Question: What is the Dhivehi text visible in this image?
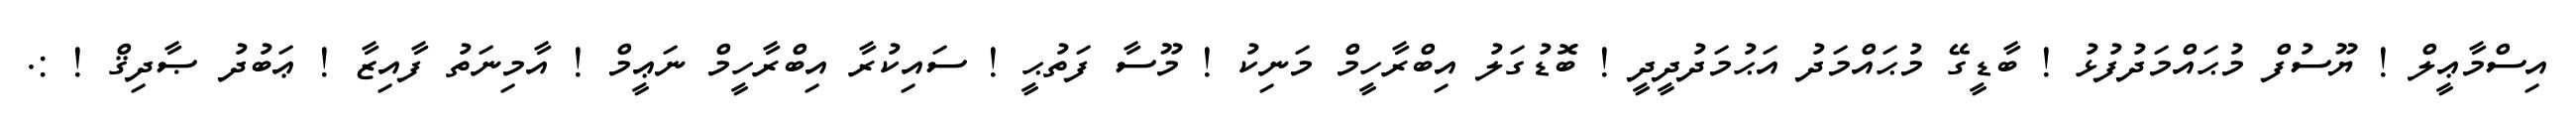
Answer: އިސްމާޢީލް ! ޔޫސުފް މުޙައްމަދުފުޅު ! ބާޑީގޭ މުޙައްމަދު އަޙުމަދުދީދީ ! ބޮޑުގަލު އިބްރާހީމް މަނިކު ! މޫސާ ފަތުޙީ ! ސައިކުރާ އިބްރާހީމް ނަޢީމް ! އާމިނަތު ފާއިޒާ ! ޢަބުދު ޞާދިޤް ! :.